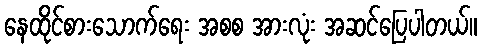
နေထိုင်စားသောက်ရေး အစစ အားလုံး အဆင်ပြေပါတယ်။